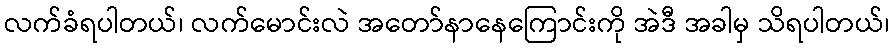
လက်ခံရပါတယ်၊ လက်မောင်းလဲ အတော်နာနေကြောင်းကို အဲဒီ အခါမှ သိရပါတယ်၊